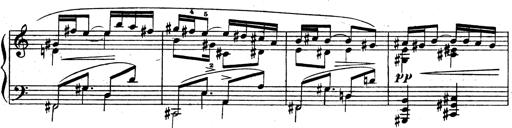
Title: 3 Sonatinas for Piano
Composer: Vissarion Shebalin